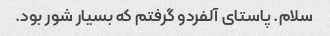
سلام. پاستای آلفردو گرفتم که بسیار شور بود.